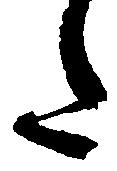
た